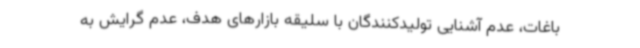
باغات، عدم آشنایی تولیدکنندگان با سلیقه بازارهای هدف، عدم گرایش به